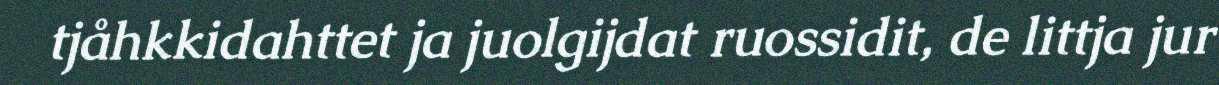
tjåhkkidahttet ja juolgijdat ruossidit, de littja jur